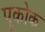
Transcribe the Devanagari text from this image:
पूकोक